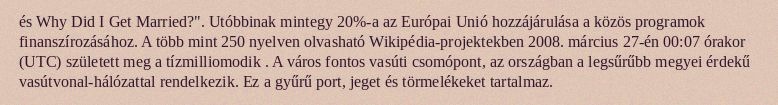
és Why Did I Get Married?". Utóbbinak mintegy 20%-a az Európai Unió hozzájárulása a közös programok finanszírozásához. A több mint 250 nyelven olvasható Wikipédia-projektekben 2008. március 27-én 00:07 órakor (UTC) született meg a tízmilliomodik . A város fontos vasúti csomópont, az országban a legsűrűbb megyei érdekű vasútvonal-hálózattal rendelkezik. Ez a gyűrű port, jeget és törmelékeket tartalmaz.